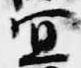
宣